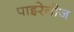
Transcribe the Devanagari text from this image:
पाइरेनीज